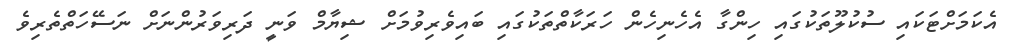
އެކަމަށްޓަކައި ސުކުލޫތަކުގައި ހިންގާ އެހެނިހެން ހަރަކާތްތަކުގައި ބައިވެރިވުމަށް ޝިޔާމް ވަނީ ދަރިވަރުންނަށް ނަސޭހަތްތެރިވެ